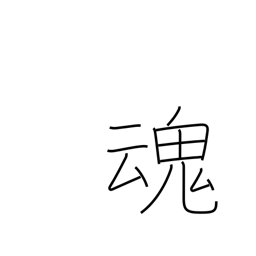
Meaning: soul